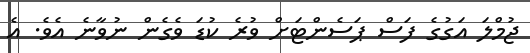
ޖުމްލަ އަގުގެ ފަސް ޕަސެންޓަށް ވުރެ ކުޑަ ވެގެން ނުވާނެ އެވެ. އެ